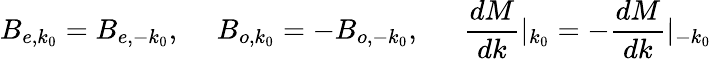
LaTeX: B_{e,k_{0}}=B_{e,-k_{0}},~~~~~B_{o,k_{0}}=-B_{o,-k_{0}},~~~~~~\frac{dM}{dk}|_{k_{0}}=-\frac{dM}{dk}|_{-k_{0}}